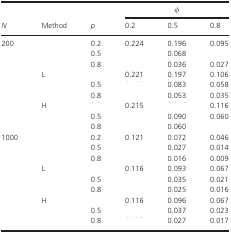
<table><thead><tr><td>[EMPTY_CELL]</td><td>[EMPTY_CELL]</td><td>[EMPTY_CELL]</td><td colspan="3"><b><i>φ</i></b></td></tr><tr><td><b><i>N</i></b></td><td><b>Method</b></td><td><b><i>p</i></b></td><td><b>0.2</b></td><td><b>0.5</b></td><td><b>0.8</b></td></tr></thead><tbody><tr><td rowspan="9">200</td><td rowspan="3">[EMPTY_CELL]</td><td>0.2</td><td>0.224</td><td>0.196</td><td>0.095</td></tr><tr><td>0.5</td><td>[EMPTY_CELL]</td><td>0.068</td><td>[EMPTY_CELL]</td></tr><tr><td>0.8</td><td>[EMPTY_CELL]</td><td>0.036</td><td>0.027</td></tr><tr><td rowspan="3">L</td><td>[EMPTY_CELL]</td><td>0.221</td><td>0.197</td><td>0.106</td></tr><tr><td>0.5</td><td>[EMPTY_CELL]</td><td>0.083</td><td>0.058</td></tr><tr><td>0.8</td><td>[EMPTY_CELL]</td><td>0.053</td><td>0.035</td></tr><tr><td rowspan="3">H</td><td>[EMPTY_CELL]</td><td>0.215</td><td>[EMPTY_CELL]</td><td>0.116</td></tr><tr><td>0.5</td><td>[EMPTY_CELL]</td><td>0.090</td><td>0.060</td></tr><tr><td>0.8</td><td>[EMPTY_CELL]</td><td>0.060</td><td>[EMPTY_CELL]</td></tr><tr><td rowspan="9">1000</td><td rowspan="3">[EMPTY_CELL]</td><td>0.2</td><td>0.121</td><td>0.072</td><td>0.046</td></tr><tr><td>0.5</td><td>[EMPTY_CELL]</td><td>0.027</td><td>0.014</td></tr><tr><td>0.8</td><td>[EMPTY_CELL]</td><td>0.016</td><td>0.009</td></tr><tr><td rowspan="3">L</td><td>[EMPTY_CELL]</td><td>0.116</td><td>0.093</td><td>0.067</td></tr><tr><td>0.5</td><td>[EMPTY_CELL]</td><td>0.035</td><td>0.021</td></tr><tr><td>0.8</td><td>[EMPTY_CELL]</td><td>0.025</td><td>0.016</td></tr><tr><td rowspan="3">H</td><td>[EMPTY_CELL]</td><td>0.116</td><td>0.096</td><td>0.067</td></tr><tr><td>0.5</td><td>[EMPTY_CELL]</td><td>0.037</td><td>0.023</td></tr><tr><td>0.8</td><td>[EMPTY_CELL]</td><td>0.027</td><td>0.017</td></tr></tbody></table>